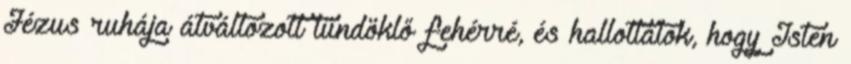
Jézus ruhája átváltozott tündöklő fehérré, és hallottátok, hogy Isten